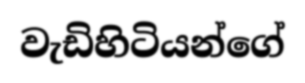
වැඩිහිටියන්ගේ